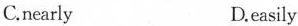
C.nearly D.easily